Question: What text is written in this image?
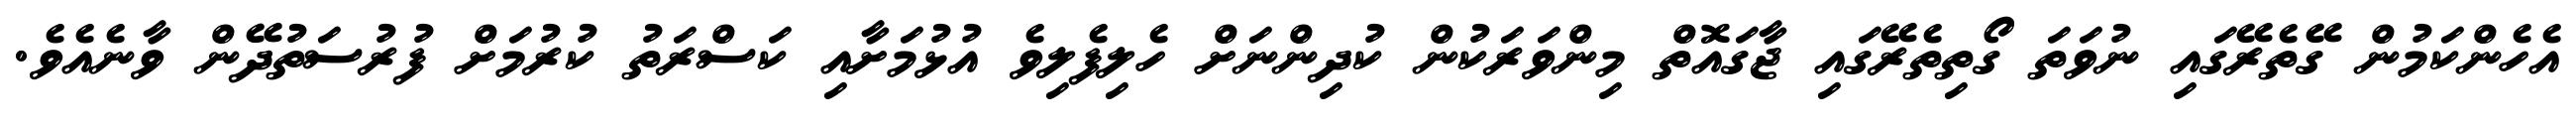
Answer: އެހެންކަމުން ގޭތެރޭގައި ނުވަތަ ގޯތިތެރޭގައި ޖާގައޮތް މިންވަރަކުން ކުދިންނަށް ހެލިފެލިވެ އުޅުމަށާއި ކަސްރަތު ކުރުމަށް ފުރުސަތުދޭން ވާނެއެވެ.